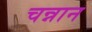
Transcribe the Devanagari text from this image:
चन्नान